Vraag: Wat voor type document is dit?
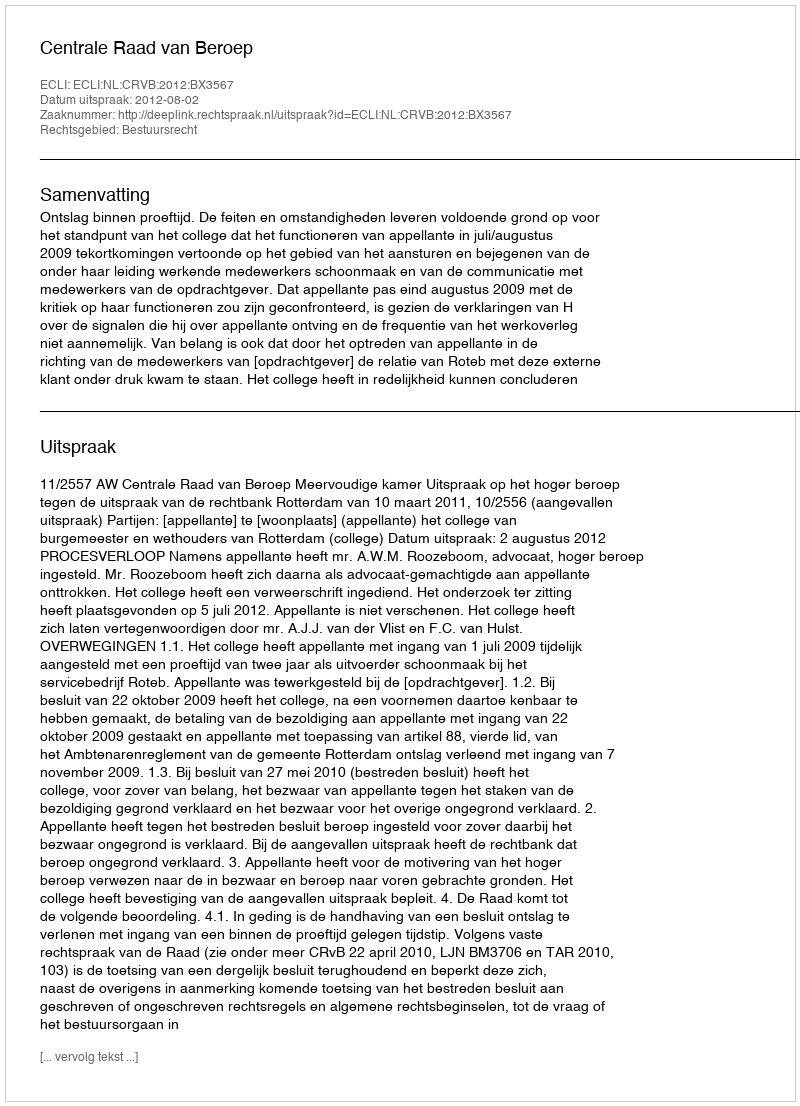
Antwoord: Uitspraak